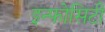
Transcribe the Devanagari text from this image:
इन्फोसिटी